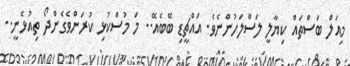
މިއަލް ބަސްތައް ކިޔާލީ ލަސްލަހުންނެވެ. އައްޗީޑި ބޭބެއޭ.. މަ މުސްކުޅި ކުރަންވެގެންދޯ ތިއުޅެނީ..